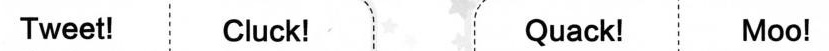
Tweet! Cluck! Quack! Moo!